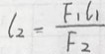
l _ { 2 } = \frac { F _ { 1 } l _ { 1 } } { F _ { 2 } }